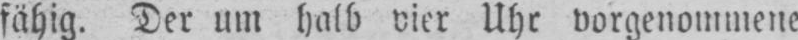
fähig. Der um halb vier Uhr vorgenommene